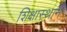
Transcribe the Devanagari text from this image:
शिक्षास्थान